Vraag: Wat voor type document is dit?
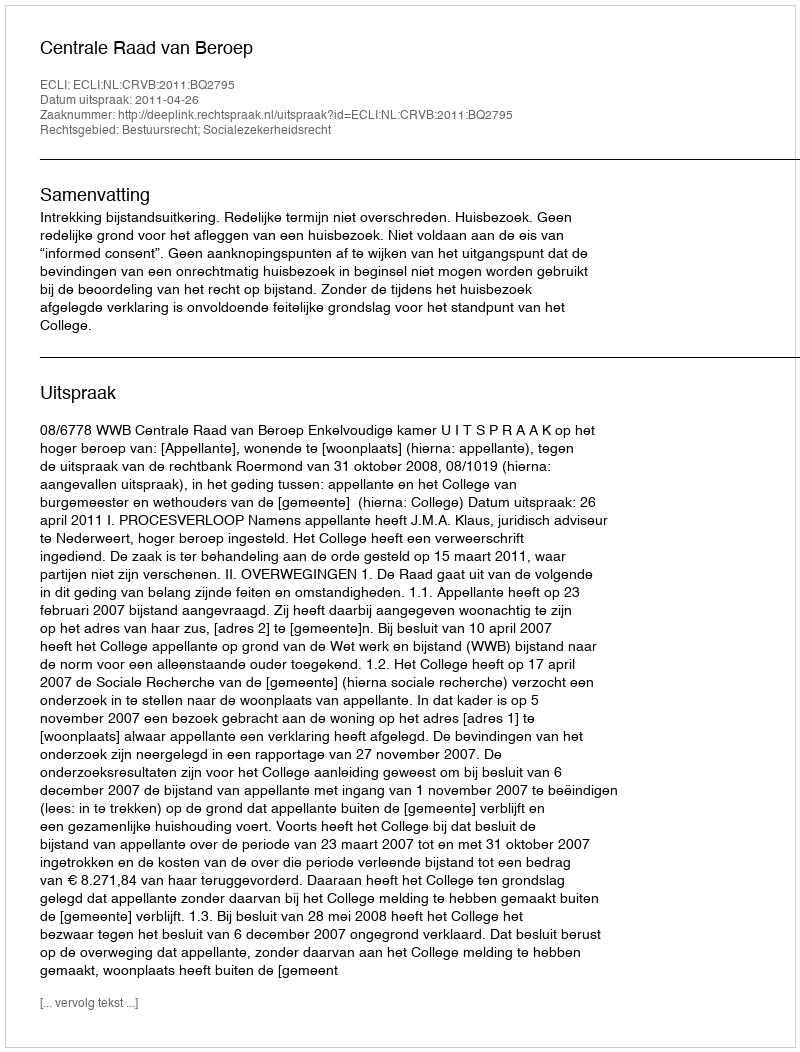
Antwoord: Uitspraak